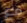
مع